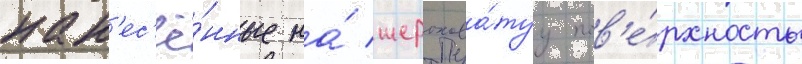
нан'ес'ё́нные на́ шерохова́туу пов'е́рхность